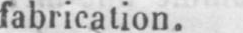
fabrication.